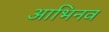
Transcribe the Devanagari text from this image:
आभिनव